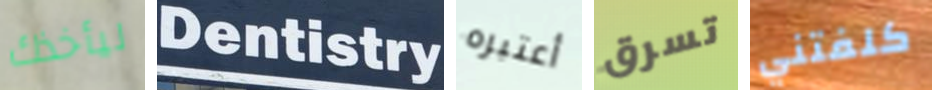
ليأخذك Dentistry أعتبره تسرق كلفتني